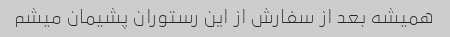
همیشه بعد از سفارش از این رستوران پشیمان میشم